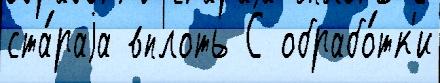
ста́раjа вплоть С обрабо́тк'и